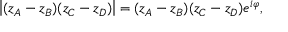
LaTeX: \left| ( z _ { A } - z _ { B } ) ( z _ { C } - z _ { D } ) \right| = ( z _ { A } - z _ { B } ) ( z _ { C } - z _ { D } ) e ^ { i \varphi } , \quad